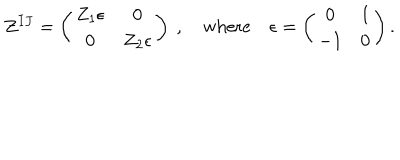
Z ^ { I J } = \left( \begin{array} { c c } { { Z _ { 1 } \epsilon } } & { { 0 } } \\ { { 0 } } & { { Z _ { 2 } \epsilon } } \\ \end{array} \right) \ , \quad \mathrm { w h e r e } \quad \epsilon = \left( \begin{array} { c c } { { 0 } } & { { 1 } } \\ { { - 1 } } & { { 0 } } \\ \end{array} \right) .